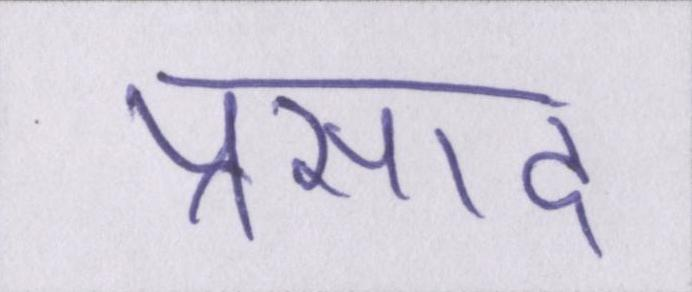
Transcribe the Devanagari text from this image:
प्रसाद